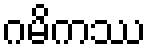
ဂမိကဿ